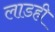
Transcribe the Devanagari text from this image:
लाडही